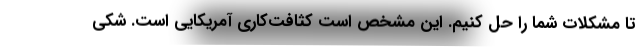
تا مشکلات شما را حل کنیم. این مشخص است کثافت‌کاری آمریکایی است. شکی